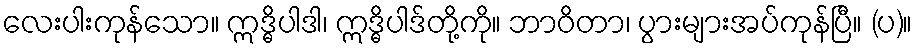
လေးပါးကုန်သော။ ဣဒ္ဓိပါဒါ၊ ဣဒ္ဓိပါဒ်တို့ကို။ ဘာဝိတာ၊ ပွားများအပ်ကုန်ပြီ။ (ပ)။